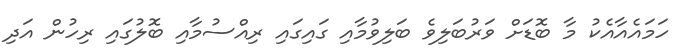
ހަމައެއާއެކު މާ ބޮޑަށް ވަރުބަލިވެ ބަލިވުމާއި ގައިގައި ރިއްސުމާއި ބޮލުގައި ރިހުން އަދި